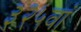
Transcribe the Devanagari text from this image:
३२५वां